Tezpur Lunatic Asylum reports 1895-1904 - 1895-1904
Year: 1895
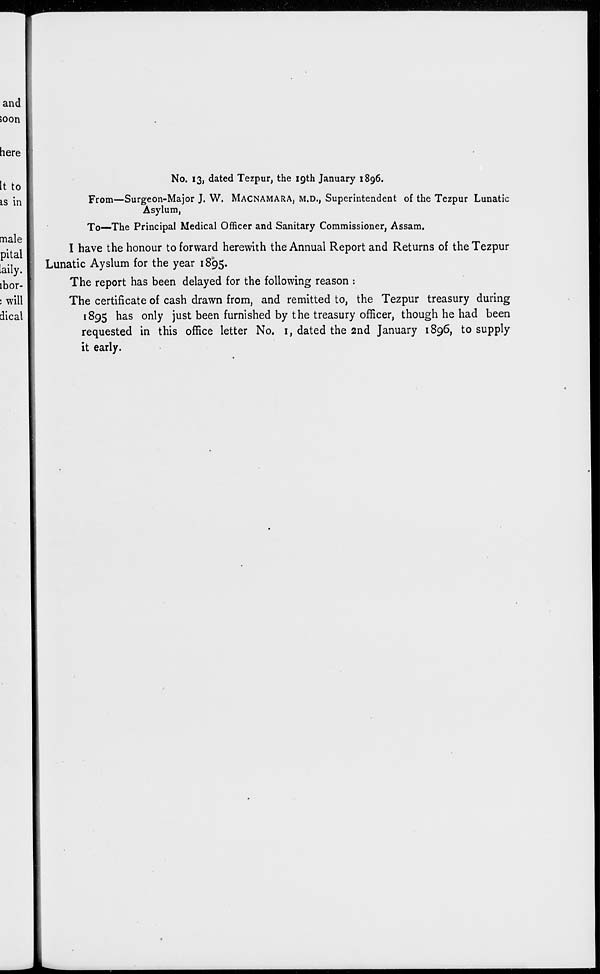
and
soon
here
It to
is in
male
pital
laily.
lbor-
: will
dical
No. 13, dated Tezpur, the 19th January 1896.
From—Surgeon-Major J. W. MACNAMARA, M.D., Superintendent of the Tezpur Lunatic
Asylum,
To—The Principal Medical Officer and Sanitary Commissioner, Assam.
I have the honour to forward herewith the Annual Report and Returns of the Tezpur
Lunatic Ayslum for the year 1895.
The report has been delayed for the following reason :
The certificate of cash drawn from, and remitted to, the Tezpur treasury during
1895 has only just been furnished by the treasury officer, though he had been
requested in this office letter No. 1, dated the 2nd January 1896, to supply
it early.